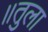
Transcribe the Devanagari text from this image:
॥तुला